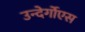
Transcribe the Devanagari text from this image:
उन्देर्गोएस